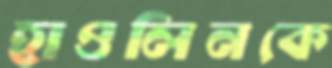
হাওলিনকে